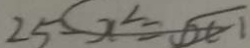
2 5 - x ^ { 2 } = \sqrt { x - 1 }